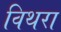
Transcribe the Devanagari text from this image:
विथरा